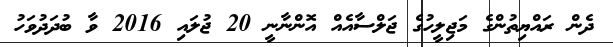
ދެން ރައްޔިތުންގެ މަޖިލީހުގެ ޖަލްސާއެއް އޮންނާނީ 20 ޖުލައި 2016 ވާ ބުދަދުވަހު